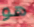
هو